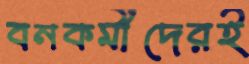
বনকর্মীদেরই